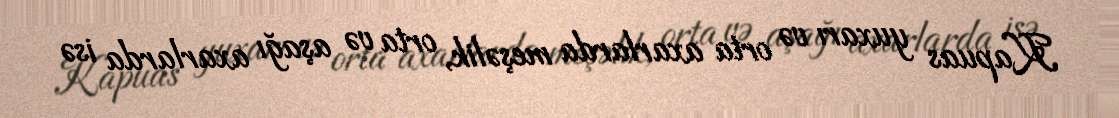
Kapuas yuxarı və orta axarlarda meşəlik, orta və aşağı axarlarda isə